Report on the metropolitan horse fairs and district horse shows of 1892-93 - 1892-1893
Year: 1892
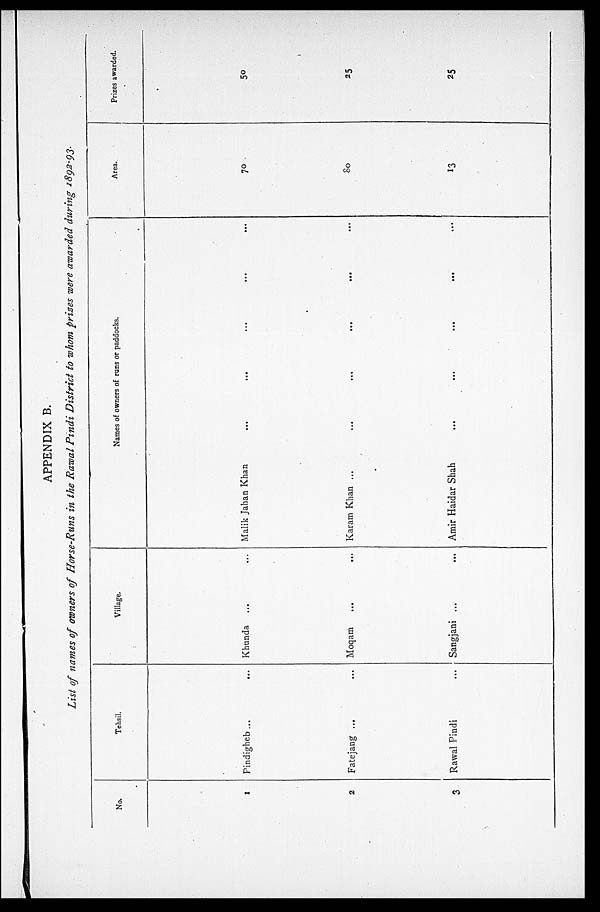
APPENDIX B.
List of names of owners of Horse-Runs in the Rawal Pindi District to whom prizes were awarded during 1892-93.
No.
1
2
3
Tehsil.
Pindigheb ...
...
Fatejang ... ...
Rawal Pindi ...
Village.
Khunda ... ...
Moqam ... ...
Sangjani ... ...
Names of owners of runs or paddocks.
Malik Jalian Khan ... ... ... ... ...
Karam Khan ... ... ... ... ...
Amir Haidar Shah ... ... ... ... ...
Area.
70
80
13
Prizes awarded.
50
25
25